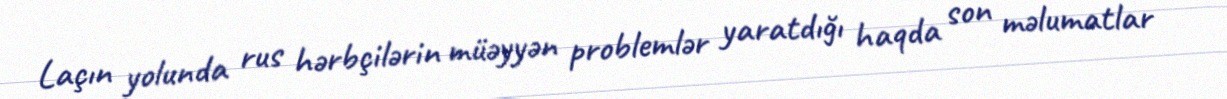
Laçın yolunda rus hərbçilərin müəyyən problemlər yaratdığı haqda son məlumatlar